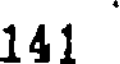
141